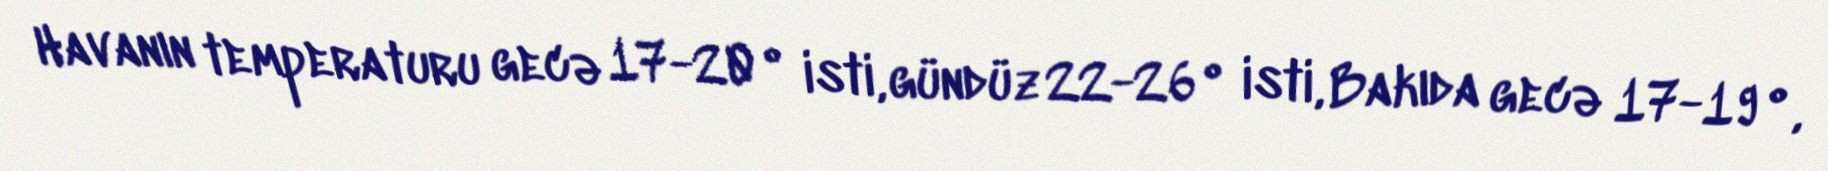
Havanın temperaturu gecə 17-20° isti, gündüz 22-26° isti, Bakıda gecə 17-19°,